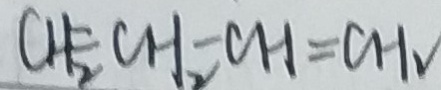
C H _ { 2 } = C H _ { 2 } - C H = C H _ { 2 }